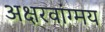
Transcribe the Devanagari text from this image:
अक्षरवांग्मय